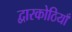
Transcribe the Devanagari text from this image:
द्वारकोठियाँ